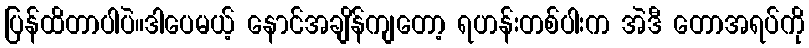
ပြန်ထိတာပါပဲ။ဒါပေမယ့် နောင်အချိန်ကျတော့ ရဟန်းတစ်ပါးက အဲဒီ တောအရပ်ကို